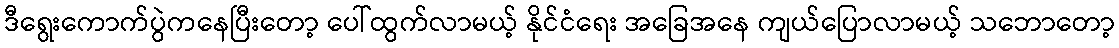
ဒီရွေးကောက်ပွဲကနေပြီးတော့ ပေါ်ထွက်လာမယ့် နိုင်ငံရေး အခြေအနေ ကျယ်ပြောလာမယ့် သဘောတော့